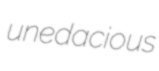
unedacious